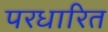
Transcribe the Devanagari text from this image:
परधारित